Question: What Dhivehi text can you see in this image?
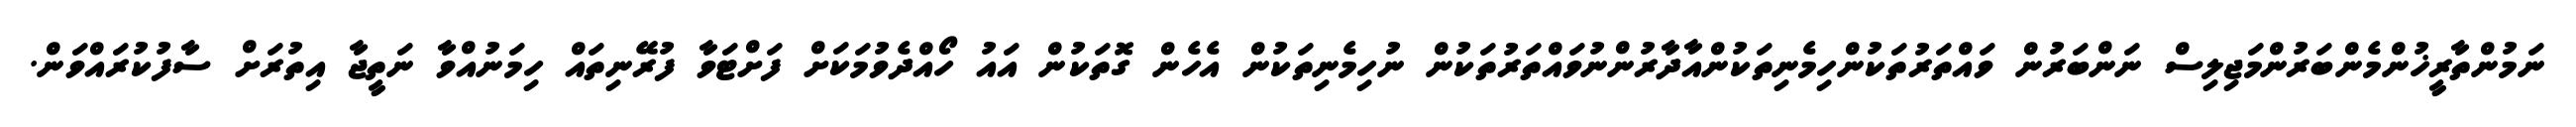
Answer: ނަމުންތާރީޚުންމެންބަރުންމަޖިލިސް ނަންބަރުން ވައްތަރުތަކުންހިމެނިތަކުންއާދާރުންނުވައްތަރުތަކުން ނުހިމެނިތަކުން އެހެން ގޮތަކުން އައު ހޯއްދެވުމަކަށް ފަށްޓަވާ ފުރޭނިތައް ހިމަނުއްވާ ނަތީޖާ އިތުރަށް ސާފުކުރައްވަން.